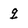
Character: q